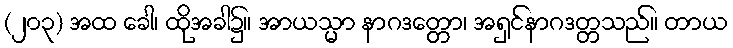
(၂၀၃) အထ ခေါ၊ ထိုအခါ၌။ အာယသ္မာ နာဂဒတ္တော၊ အရှင်နာဂဒတ္တသည်။ တာယ